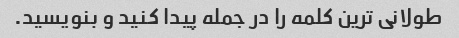
طولانی ترین کلمه را در جمله پیدا کنید و بنویسید.